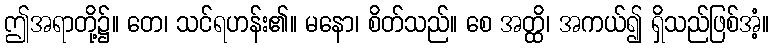
ဤအရာတို့၌။ တေ၊ သင်ရဟန်း၏။ မနော၊ စိတ်သည်။ စေ အတ္ထိ၊ အကယ်၍ ရှိသည်ဖြစ်အံ့။